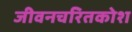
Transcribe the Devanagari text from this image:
जीवनचरितकोश